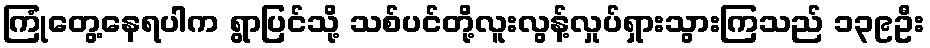
ကြုံတွေ့နေရပါက ရွာပြင်သို့ သစ်ပင်တို့လူးလွန့်လှုပ်ရှားသွားကြသည် ၁၃၉ဦး